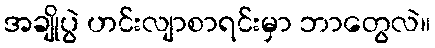
အချိုပွဲ ဟင်းလျာစာရင်းမှာ ဘာတွေလဲ။